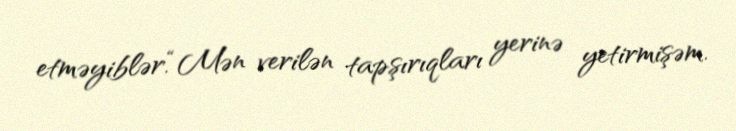
etməyiblər.“Mən verilən tapşırıqları yerinə yetirmişəm.